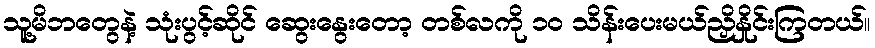
သူ့မိဘတွေနဲ့ သုံးပွင့်ဆိုင် ဆွေးနွေးတော့ တစ်လကို ၁၀ သိန်းပေးမယ်ညှိနှိုင်းကြတယ်။